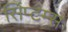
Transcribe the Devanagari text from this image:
सिंप्टम्स